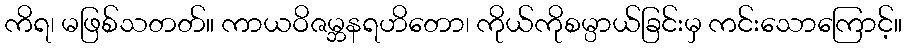
ကိရ၊ မဖြစ်သတတ်။ ကာယဝိဇမ္ဘနရဟိတော၊ ကိုယ်ကိုစမ္ပာယ်ခြင်းမှ ကင်းသောကြောင့်။